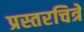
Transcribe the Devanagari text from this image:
प्रस्तरचित्रे